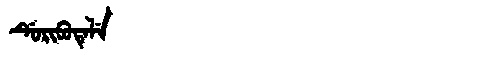
Manchu: ᡩᡠᡵᡳᠪᡠᡨᡝᠯᡝ
Romanization: DURIBUTELE